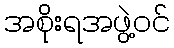
အစိုးရအဖွဲ့ဝင်